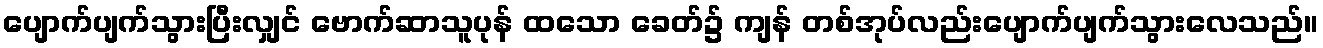
ပျောက်ပျက်သွားပြီးလျှင် ဗောက်ဆာသူပုန် ထသော ခေတ်၌ ကျန် တစ်အုပ်လည်းပျောက်ပျက်သွားလေသည်။